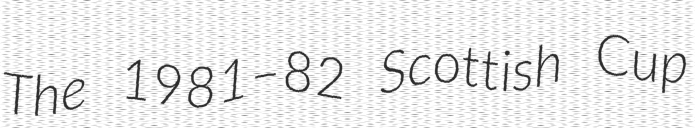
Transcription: The 1981–82 Scottish Cup